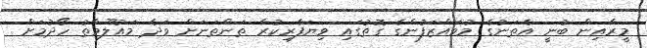
މީރާއިން ބުނީ އެތަނުގެ މުވައްޒަފުންގެ ގޮތުގައި ވިޔަފާރިކުރާ ތަންތަނަށް ވަދެ މައުލޫމާތު ހޯދުމަށް